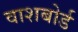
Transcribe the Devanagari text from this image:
वाशबोर्ड